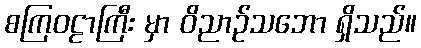
စကြဝဠာကြီး မှာ ဝိညာဉ်သဘော ရှိသည်။